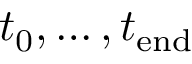
{ t _ { \mathrm { 0 } } , \dots , t _ { \mathrm { e n d } } }